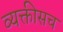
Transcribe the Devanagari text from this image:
व्यक्तीसच